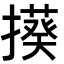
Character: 𭢦